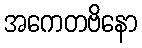
အကေတဗိနော